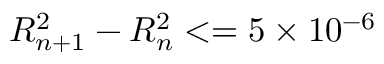
R _ { n + 1 } ^ { 2 } - R _ { n } ^ { 2 } < = 5 \times 1 0 ^ { - 6 }